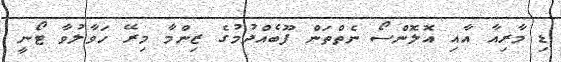
ޑި މާރިއާ އާއި އޮލޮންސޯ ނެތްތަން ފޫބެއްދުމުގެ ޒިންމާ މިރޭ ހަވާލުވާ ޓޯނީ